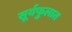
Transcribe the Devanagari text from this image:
सूर्यफुलात